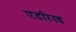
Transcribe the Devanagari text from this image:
एडरिख